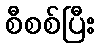
စီစစ်ပြီး